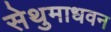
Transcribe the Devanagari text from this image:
सेथुमाधवन